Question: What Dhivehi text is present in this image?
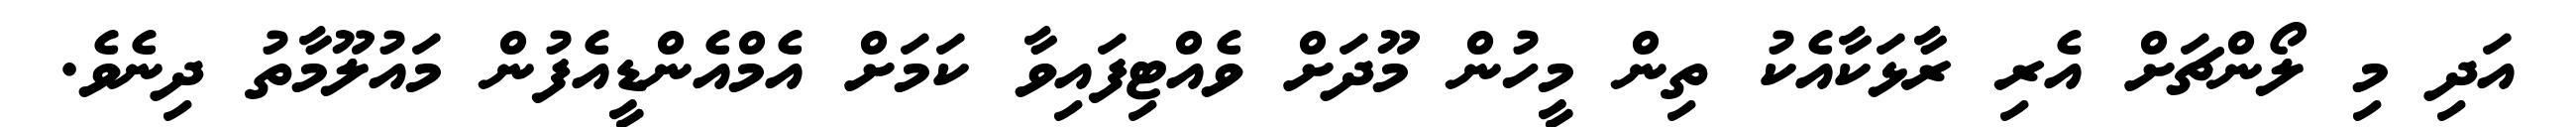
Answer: އަދި މި ލޯންޗަށް އެރި ރާޅަކާއެކު ތިން މީހުން މޫދަށް ވެއްޓިފައިވާ ކަމަށް އެމްއެންޑީއެފުން މައުލޫމާތު ދިނެވެ.